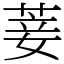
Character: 菨